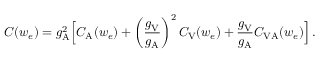
C ( w _ { e } ) = g _ { \mathrm { A } } ^ { 2 } \Big [ C _ { \mathrm { A } } ( w _ { e } ) + \left( \frac { g _ { \mathrm { V } } } { g _ { \mathrm { A } } } \right) ^ { 2 } C _ { \mathrm { V } } ( w _ { e } ) + \frac { g _ { \mathrm { V } } } { g _ { \mathrm { A } } } C _ { \mathrm { V A } } ( w _ { e } ) \Big ] \, .